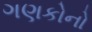
ગણકોનો